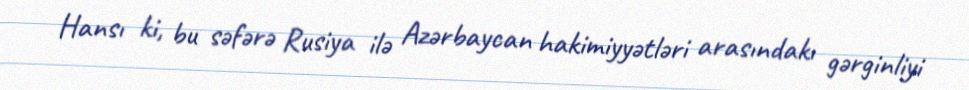
Hansı ki, bu səfərə Rusiya ilə Azərbaycan hakimiyyətləri arasındakı gərginliyi